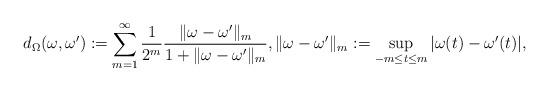
LaTeX: \begin{align*}d_{\Omega}(\omega,\omega'):=\sum_{m=1}^{\infty} \frac{1}{2^m}\frac{\|\omega-\omega'\|_{m}}{1+\|\omega-\omega'\|_{m}}, \|\omega-\omega'\|_{m}:=\sup_{-m\leq t\leq m} |\omega(t)-\omega'(t)|,\end{align*}